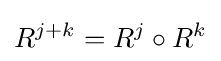
R^{j+k}=R^{j}\circ R^{k}